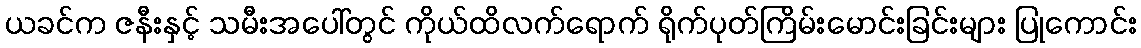
ယခင်က ဇနီးနှင့် သမီးအပေါ်တွင် ကိုယ်ထိလက်ရောက် ရိုက်ပုတ်ကြိမ်းမောင်းခြင်းများ ပြုကောင်း